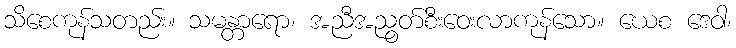
သိစေကုန်သတည်း။ သမန္တာရော၊ အညီအညွတ်စီးဝေးလာကုန်သော။ ယေစ ဒေဝါ၊